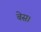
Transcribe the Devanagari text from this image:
बेस।